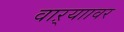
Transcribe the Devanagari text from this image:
वाऱ्याावर